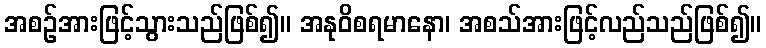
အစဉ်အားဖြင့်သွားသည်ဖြစ်၍။ အနုဝိစရမာနော၊ အစသ်အားဖြင့်လည်သည်ဖြစ်၍။